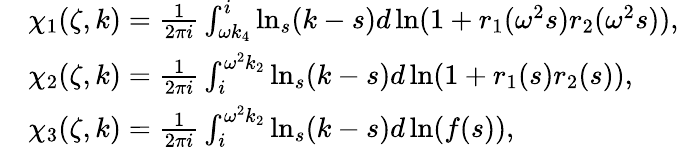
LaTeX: \begin{array}{rl}&{\chi_{1}(\zeta,k)=\frac{1}{2\pi i}\int_{\omega k_{4}}^{i}\ln_{s}(k-s)d\ln(1+r_{1}(\omega^{2}s)r_{2}(\omega^{2}s)),}\\ &{\chi_{2}(\zeta,k)=\frac{1}{2\pi i}\int_{i}^{\omega^{2}k_{2}}\ln_{s}(k-s)d\ln(1+r_{1}(s)r_{2}(s)),}\\ &{\chi_{3}(\zeta,k)=\frac{1}{2\pi i}\int_{i}^{\omega^{2}k_{2}}\ln_{s}(k-s)d\ln(f(s)),}\end{array}